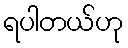
ရပါတယ်ဟု